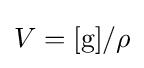
V=[\mathrm {g} ]/\rho